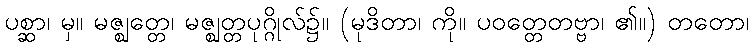
ပစ္ဆာ၊ မှ။ မဇ္ဈတ္တေ၊ မဇ္ဈတ္တပုဂ္ဂိုလ်၌။ (မုဒိတာ၊ ကို။ ပဝတ္တေတဗ္ဗာ၊ ၏။) တတော၊